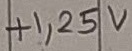
Text: +1,25V